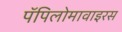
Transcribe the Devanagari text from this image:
पॅपिलोमावाइरस